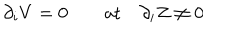
\partial _ { i } V = 0 \qquad \mathrm { a t } \quad \partial _ { i } Z \neq 0